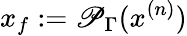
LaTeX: x_{f}:=\mathscr{P}_{\Gamma}(x^{(n)})